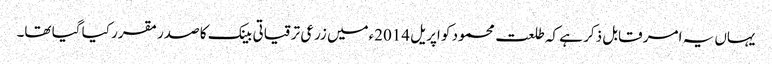
یہاں یہ امر قابل ذکر ہے کہ طلعت محمود کو اپریل 2014ءمیں زرعی ترقیاتی بینک کا صدر مقرر کیا گیا تھا۔